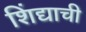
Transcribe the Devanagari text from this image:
शिंद्याची